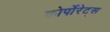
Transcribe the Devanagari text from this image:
कोर्पोरेट्स